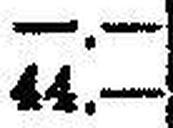
44.—